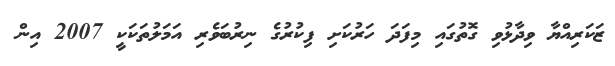
ޒަކަރިއްޔާ ވިދާޅުވި ގޮތުގައި މިފަދަ ހަރުކަށި ފިކުރުގެ ނިރުބަވެރި އަމަލުތަކަކީ 2007 އިން